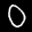
Label: 0